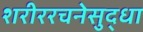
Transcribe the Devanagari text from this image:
शरीररचनेसुद्धा